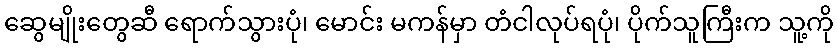
ဆွေမျိုးတွေဆီ ရောက်သွားပုံ၊ မောင်း မကန်မှာ တံငါလုပ်ရပုံ၊ ပိုက်သူကြီးက သူ့ကို